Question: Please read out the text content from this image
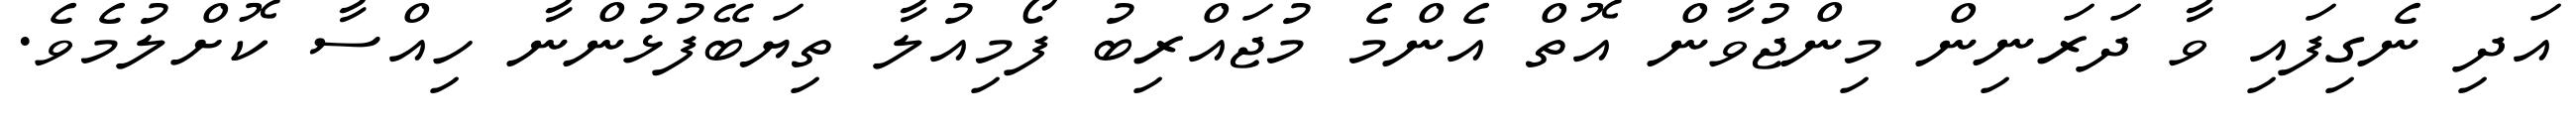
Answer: އަދި ނެގިފައި ވާ ދަރަނިން މިންޖުވާން އޮތް އެންމެ މުޖައްރިބު ފޯމިއުލާ ތިޔަބޭފުޅުންނާ ހިއްސާ ކޮށްލުމެވެ.